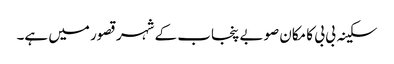
سکینہ بی بی کا مکان صوبے پنجاب کے شہر قصور میں ہے۔